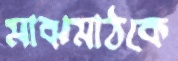
মাঝমাঠকে